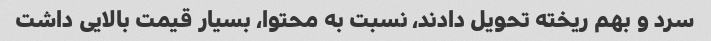
سرد و بهم ریخته تحویل دادند، نسبت به محتوا، بسیار قیمت بالایی داشت